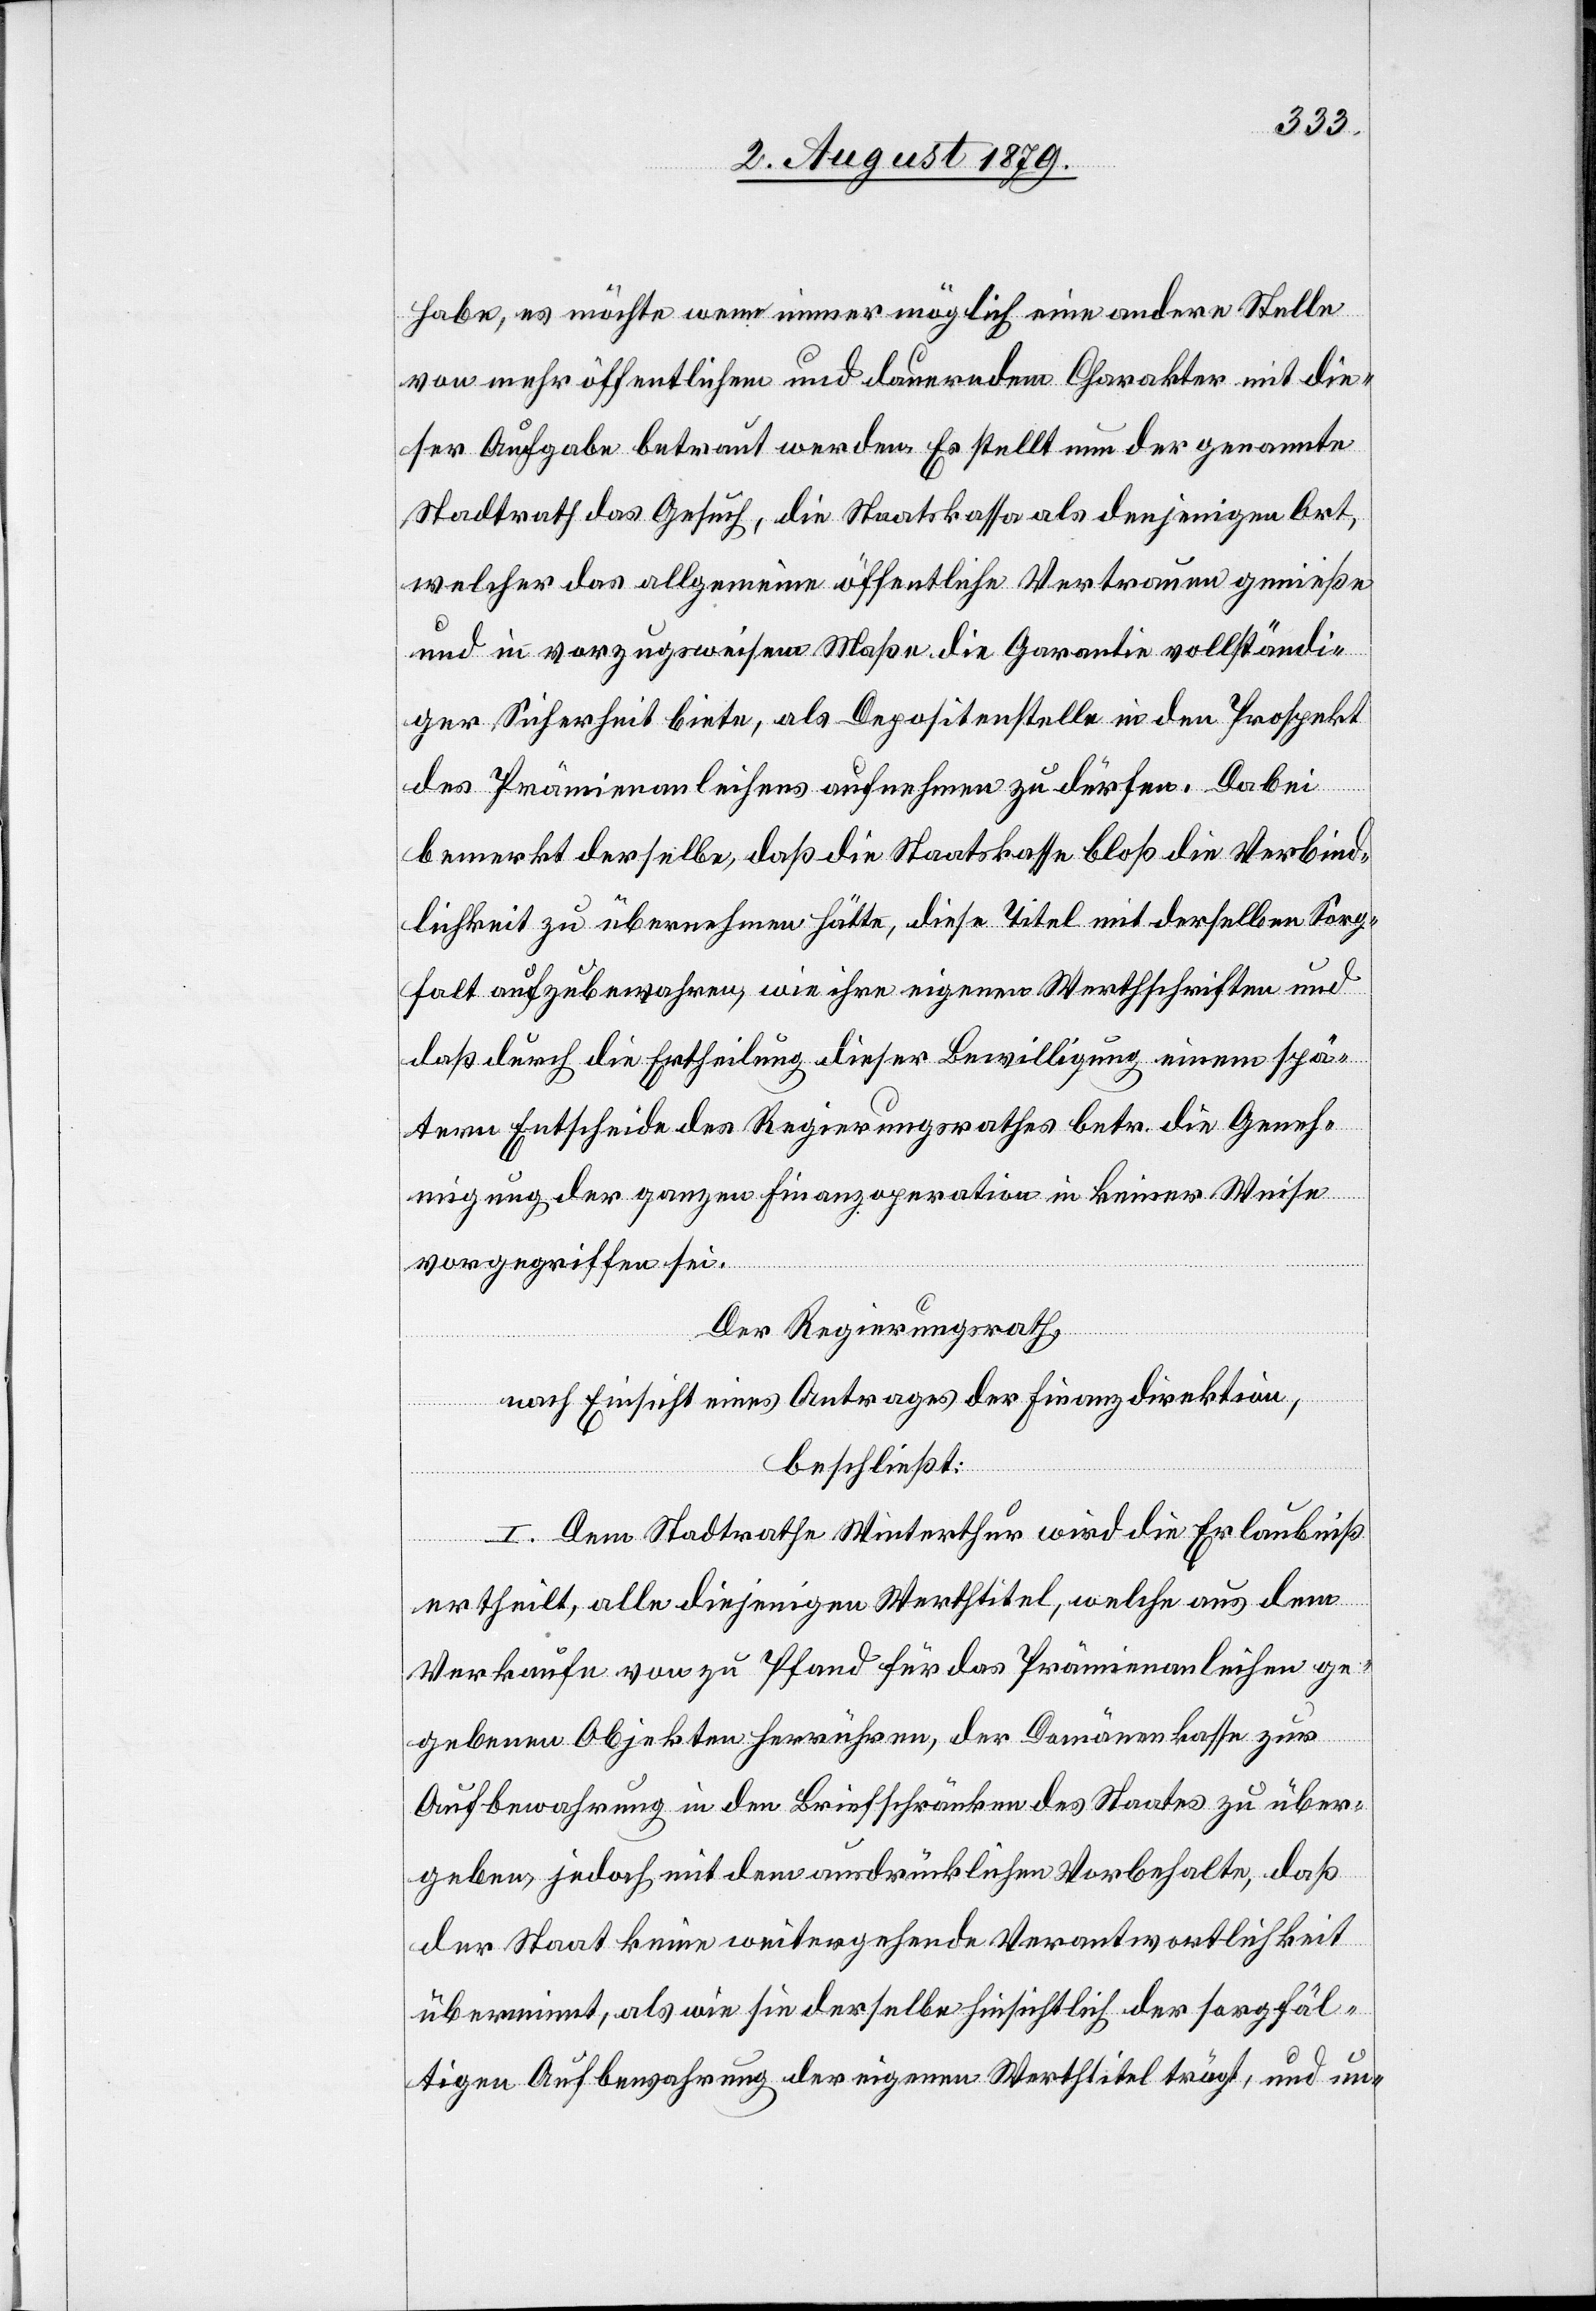
habe, es möchte wenn immer möglich eine andere Stelle
von mehr öffentlichem und dauerndem Charakter mit die¬
ser Aufgabe betraut werden. Es stellt nun der genannte
Stadtrath das Gesuch, die Staatskassa als denjenigen Ort,
welcher das allgemeine öffentliche Vertrauen genieße
und in vorzugsweisem Maße die Garantie vollständi¬
ger Sicherheit biete, als Depositenstelle in den Prospekt
des Prämienanleihens aufnehmen zu dürfen. Dabei
bemerkt derselbe, daß die Staatskasse bloß die Verbind¬
lichkeit zu übernehmen hätte, diese Titel mit derselben Sorg¬
falt aufzubewahren, wie ihre eigenen Werthschriften und
daß durch die Ertheilung dieser Bewilligung einem spä¬
tern Entscheide des Regierungsrathes betr. die Geneh¬
migung der ganzen Finanzoperation in keiner Weise
vorgegriffen sei.
Der Regierungsrath,
nach Einsicht eines Antrages der Finanzdirektion,
beschließt:
I. Dem Stadtrathe Winterthur wird die Erlaubniß
ertheilt, alle diejenigen Werthtitel, welche aus dem
Verkaufe von zu Pfand für das Prämienanleihen ge¬
gebenen Objekten herrühren, der Domänenkasse zur
Aufbewahrung in den Briefschränken des Staates zu über¬
geben, jedoch mit dem ausdrücklichen Vorbehalte, daß
der Staat keine weitergehende Verantwortlichkeit
übernimmt, las wie sie derselbe hinsichtlich der sorgfäl¬
tigen Aufbewahrung der eigenen Werthtitel trägt, und un-